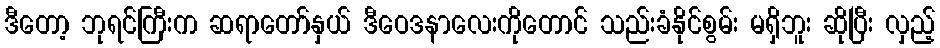
ဒီတော့ ဘုရင်ကြီးက ဆရာတော်နှယ် ဒီဝေဒနာလေးကိုတောင် သည်းခံနိုင်စွမ်း မရှိဘူး ဆိုပြီး လှည့်